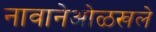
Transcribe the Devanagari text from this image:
नावानेओळखले